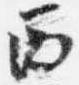
西